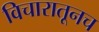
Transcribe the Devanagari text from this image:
विचारातूनच